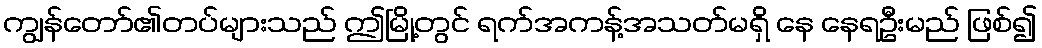
ကျွန်တော်၏တပ်များသည် ဤမြို့တွင် ရက်အကန့်အသတ်မရှိ နေ နေရဦးမည် ဖြစ်၍